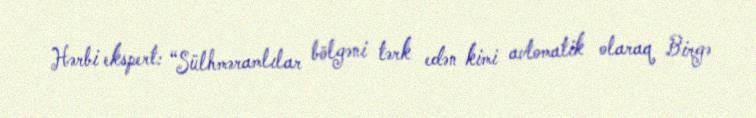
Hərbi ekspert: “Sülhməramlılar bölgəni tərk edən kimi avtomatik olaraq Birgə